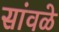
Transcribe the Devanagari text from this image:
सांवळे